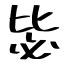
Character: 毖